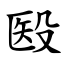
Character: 殹